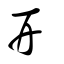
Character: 幵